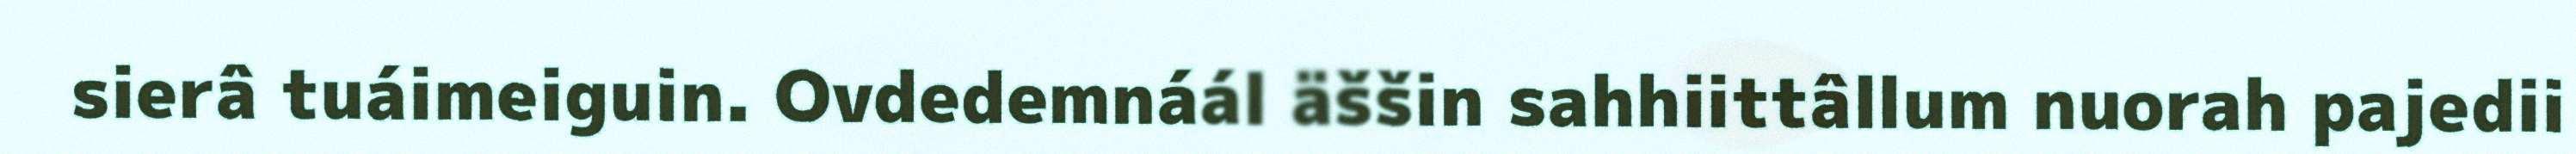
sierâ tuáimeiguin. Ovdedemnáál äššin sahhiittâllum nuorah pajedii